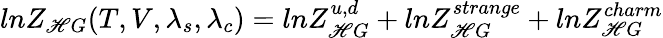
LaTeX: lnZ_{\mathscr{H}G}(T,V,\lambda_{s},\lambda_{c})=lnZ_{\mathscr{H}G}^{u,d}+lnZ_{\mathscr{H}G}^{strange}+lnZ_{\mathscr{H}G}^{charm}